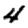
Digit: 4